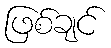
ဖြစ်ချင်